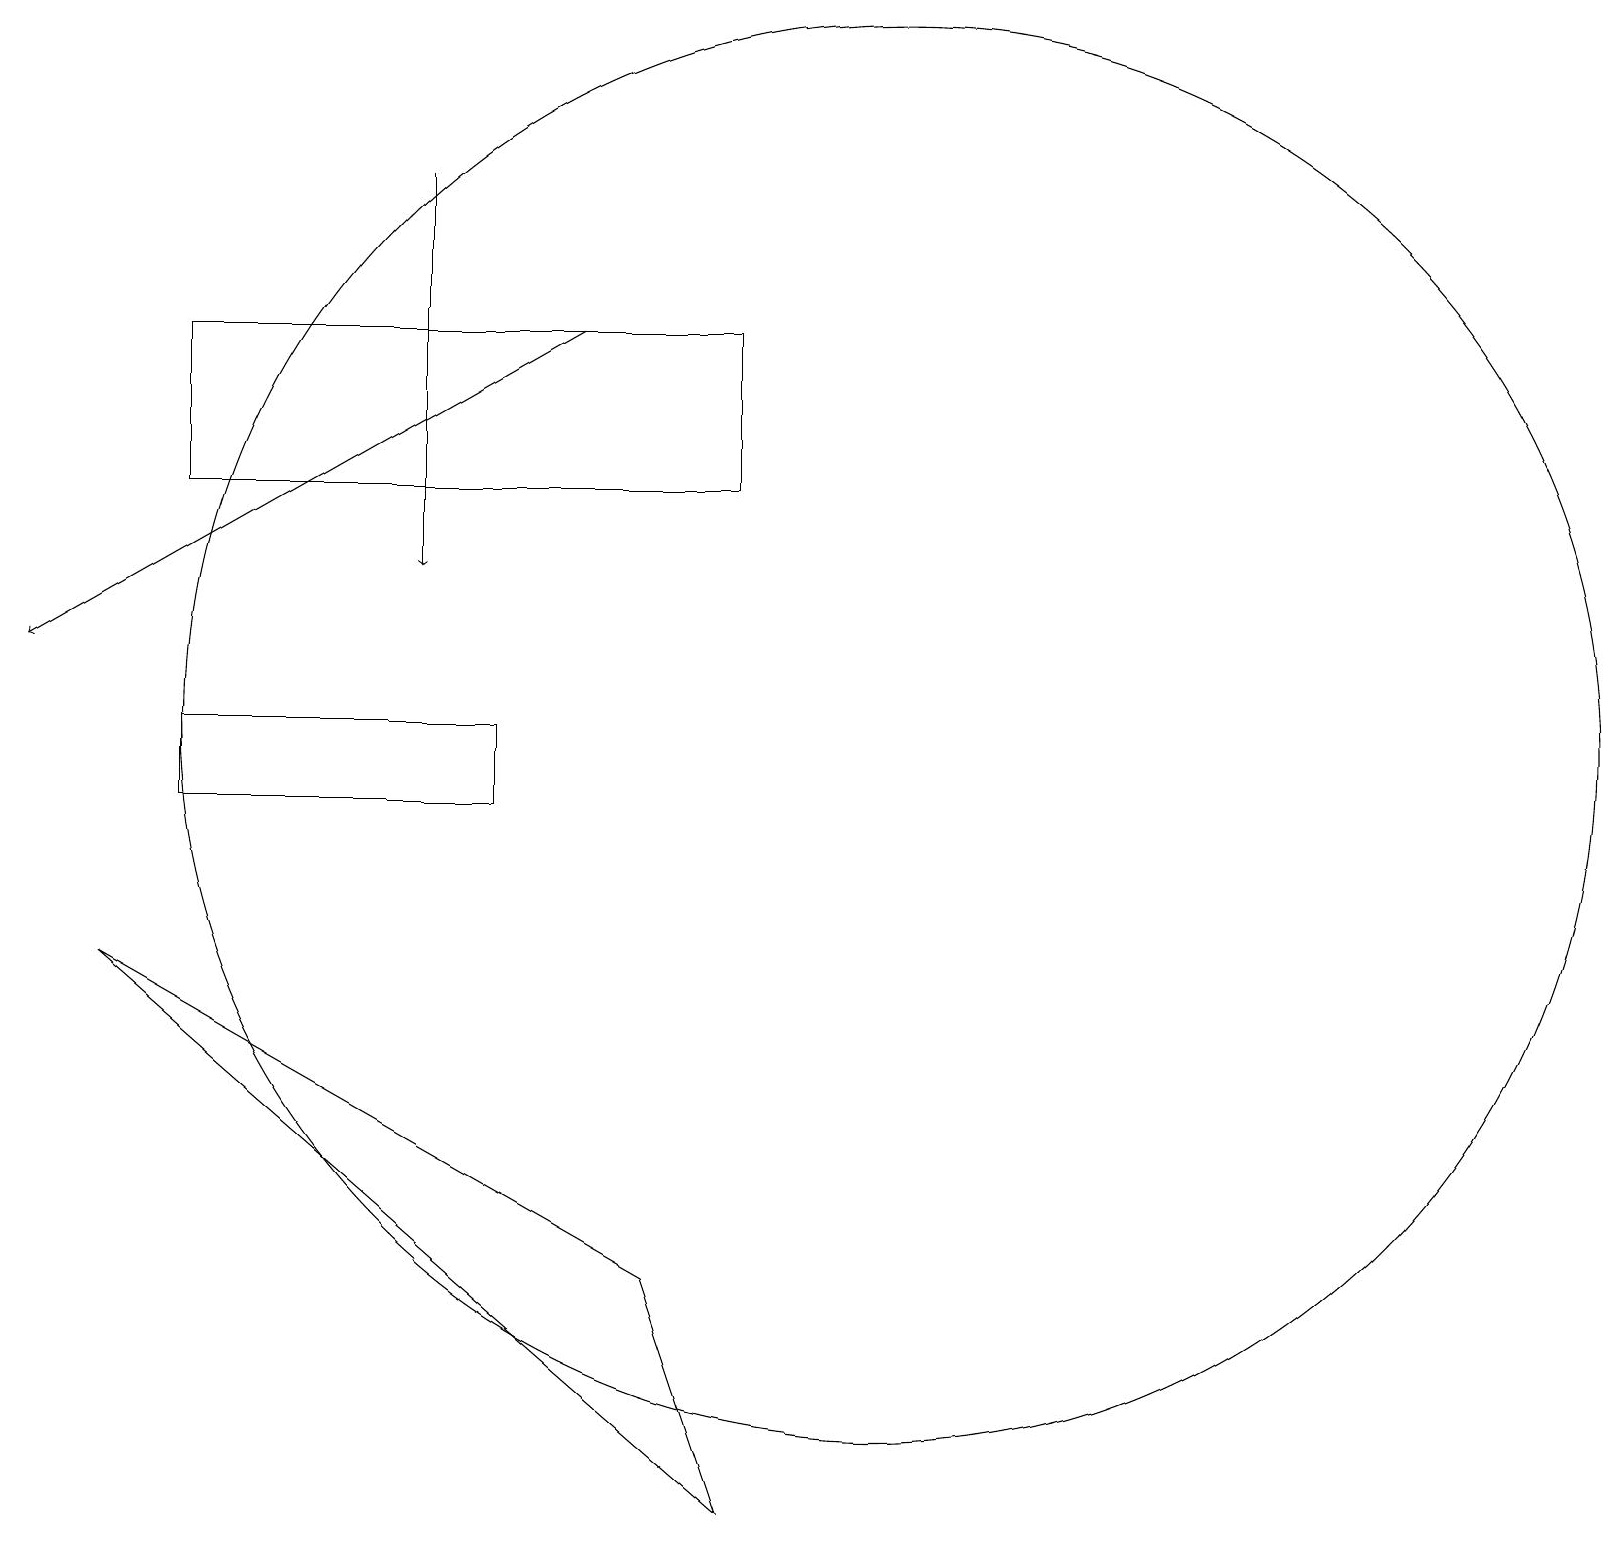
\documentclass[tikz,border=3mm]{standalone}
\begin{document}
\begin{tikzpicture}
\draw (6,11) rectangle (2,10);
\draw (9,16) rectangle (2,14);
\draw[->] (5,18) -- (5,13);
\draw[->] (7,16) -- (0,12);
\draw (1,8) -- (8,4) -- (9,1) -- cycle;
\draw (11,11) circle (9);
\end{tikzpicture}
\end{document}